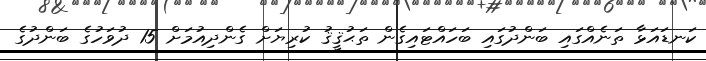
ކަނޑައަޅާ ތަނެއްގައި ބަންދުގައި ބަހައްޓައިގެން ތަޙުޤީޤު ކުރިޔަށް ގެންދިއުމަށް 15 ދުވަހުގެ ބަންދުގެ